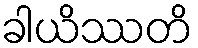
ခါယိဿတိ